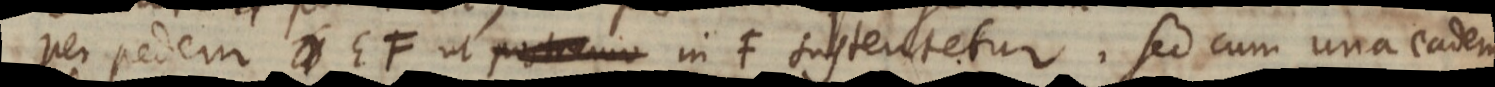
per pedem EF ut postremo in F sustentetur. Sed cum una eademque